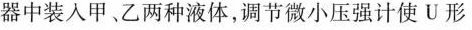
器中装入甲、乙两种液体，调节微小压强计使U形